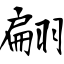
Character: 翩